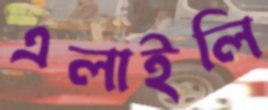
এলাইলি